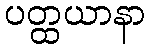
ပတ္ထယာနာ